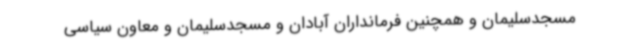
مسجدسلیمان و همچنین فرمانداران آبادان و مسجدسلیمان و معاون سیاسی